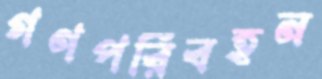
গণপরিবহন